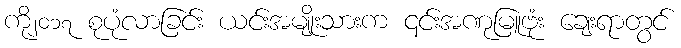
ကို၂၀၁၇ စုပုံလာခြင်း ယင်းအမျိုးသားက ၎င်းအဏုမြူဗုံး ချေးရာတွင်